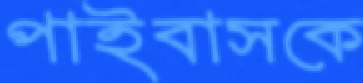
পাইবাসকে